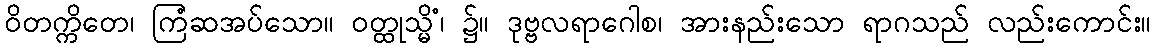
ဝိတက္ကိတေ၊ ကြံဆအပ်သော။ ဝတ္ထုသ္မိံ၊ ၌။ ဒုဗ္ဗလရာဂေါစ၊ အားနည်းသော ရာဂသည် လည်းကောင်း။